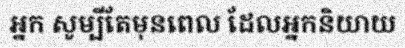
អ្នក សូម្បីតែមុនពេល ដែលអ្នកនិយាយ